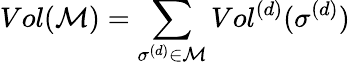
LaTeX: Vol(\mathcal{M})=\sum_{\sigma^{(d)}\in\mathcal{M}}Vol^{(d)}(\sigma^{(d)})